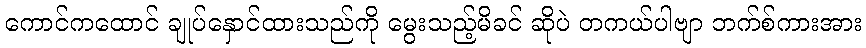
ကောင်ကထောင် ချုပ်နှောင်ထားသည်ကို မွေးသည့်မိခင် ဆိုပဲ တကယ်ပါဗျာ ဘက်စ်ကားအား